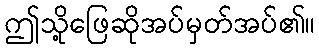
ဤသို့ဖြေဆိုအပ်မှတ်အပ်၏။